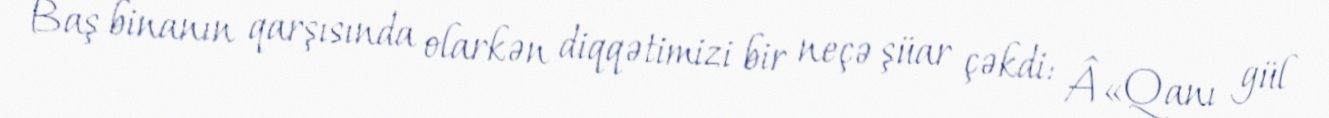
Baş binanın qarşısında olarkən diqqətimizi bir neçə şüar çəkdi: Â«Qanı gül